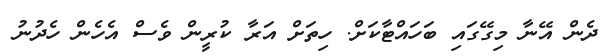
ދެން އޭނާ މިގޭގައި ބަހައްޓާކަށް. ހިތަށް އަރާ ކުރީން ވެސް އެހެން ހެދުނު